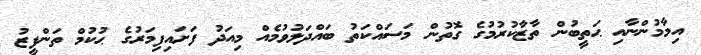
އިމާމުންނާއި ޙަތީބުން ތާޒާކުރުމުގެ ގޮތުން މަސައްކަތު ބައްދަލުވުމެއް މިއަދު ފަށައިފިމަރުގެ ޙުކުމް ތަންފީޒު